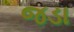
જડા